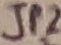
Text: JP2